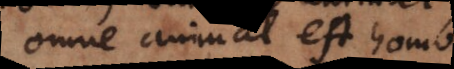
omne animal est homo.